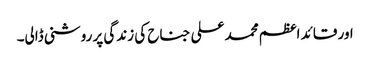
اور قائد اعظم محمد علی جناح کی زندگی پر روشنی ڈالی۔